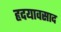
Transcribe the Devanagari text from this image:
हृदयावसाद